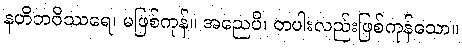
နဟိဘဝိဿရေ၊ မဖြစ်ကုန်။ အညေပိ၊ တပါးလည်းဖြစ်ကုန်သော။